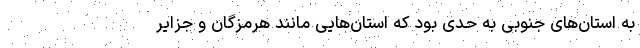
به استان‌های جنوبی به حدی بود که استان‌هایی مانند هرمزگان و جزایر